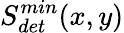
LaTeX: S_{det}^{min}(x,y)